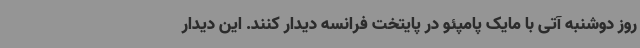
روز دوشنبه آتی با مایک پامپئو در پایتخت فرانسه دیدار کنند. این دیدار